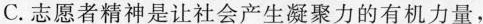
C.志愿者精神是让社会产生凝聚力的有机力量，